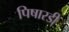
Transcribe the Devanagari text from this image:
पिषारडी